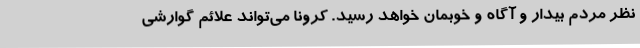
نظر مردم بیدار و آگاه و خوبمان خواهد رسید. کرونا می‌تواند علائم گوارشی